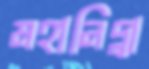
মহানিদ্র্রা